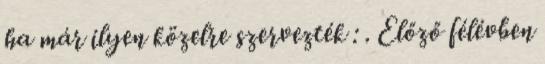
ha már ilyen közelre szervezték : . Előző félévben